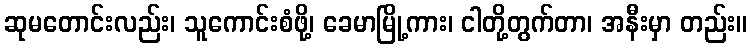
ဆုမတောင်းလည်း၊ သူကောင်းစံဖို့၊ ခေမာမြို့ကား၊ ငါတို့တွက်တာ၊ အနီးမှာ တည်း။